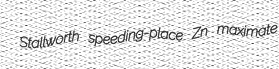
Stallworth speeding-place Zn maximate